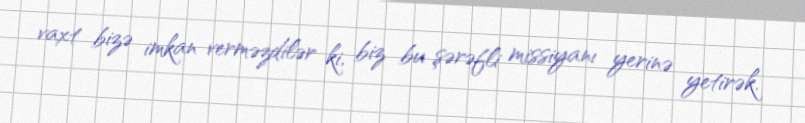
vaxt bizə imkan verməzdilər ki, biz bu şərəfli missiyanı yerinə yetirək.